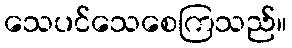
သေပင်သေစေကြသည်။